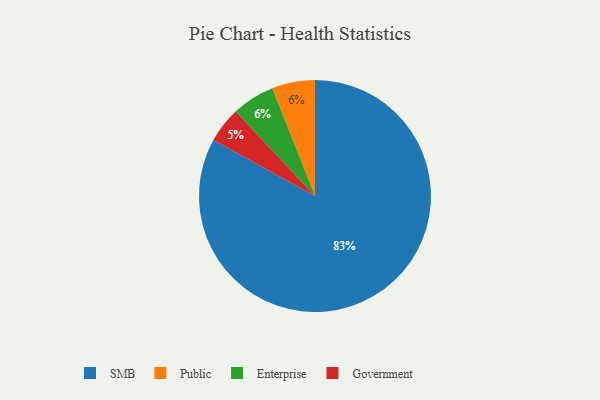
{"axis": {"x": "Category", "y": "Percentage"}, "legend": ["Enterprise", "Government", "Public", "SMB"], "data": [{"x": "Public", "y": 6, "type": "Public"}, {"x": "Enterprise", "y": 6, "type": "Enterprise"}, {"x": "SMB", "y": 83, "type": "SMB"}, {"x": "Government", "y": 5, "type": "Government"}]}